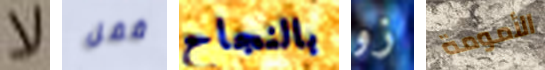
لا قفل بالنجاح زو الأمومة